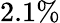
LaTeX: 2.1\%